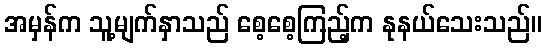
အမှန်က သူ့မျက်နှာသည် စေ့စေ့ကြည့်က နုနယ်သေးသည်။